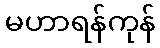
မဟာရန်ကုန်